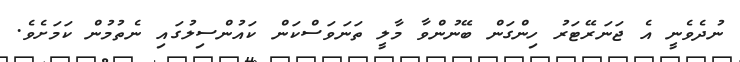
ނުދެވެނީ އެ ޖަނަރޭޓަރު ހިންގަން ބޭނުންވާ މާލީ ތަނަވަސްކަން ކައުންސިލުގައި ނެތުމުން ކަމަށެވެ.